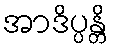
အာဒိပ္ပန္တိ